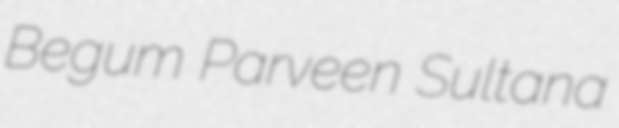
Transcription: Begum Parveen Sultana